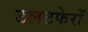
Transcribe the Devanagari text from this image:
उलटफेरों